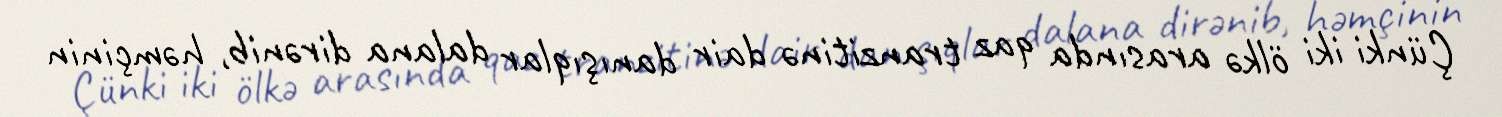
Çünki iki ölkə arasında qaz tranzitinə dair danışıqlar dalana dirənib, həmçinin